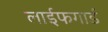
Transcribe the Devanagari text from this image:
लाईफगार्ड